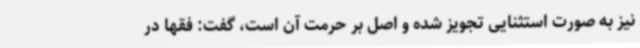
نیز به صورت استثنایی تجویز شده و اصل بر حرمت آن است، گفت: فقها در